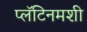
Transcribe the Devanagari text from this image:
प्लॅटिनमशी